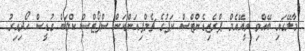
މާލޭގައި ބޭއްވި ވީއޭއެމް ޕްރެޒިޑެންޓްސް ކަޕުގެ ޗެމްޕިއަންކަން ސްޕޯޓްސް ކްލަބް ގުޑީސް ހޯދިއިރު